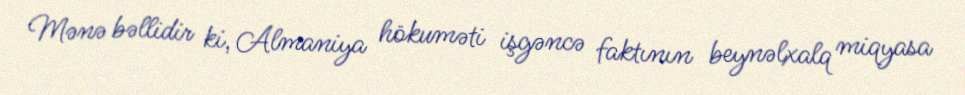
Mənə bəllidir ki, Almaniya hökuməti işgəncə faktının beynəlxalq miqyasa